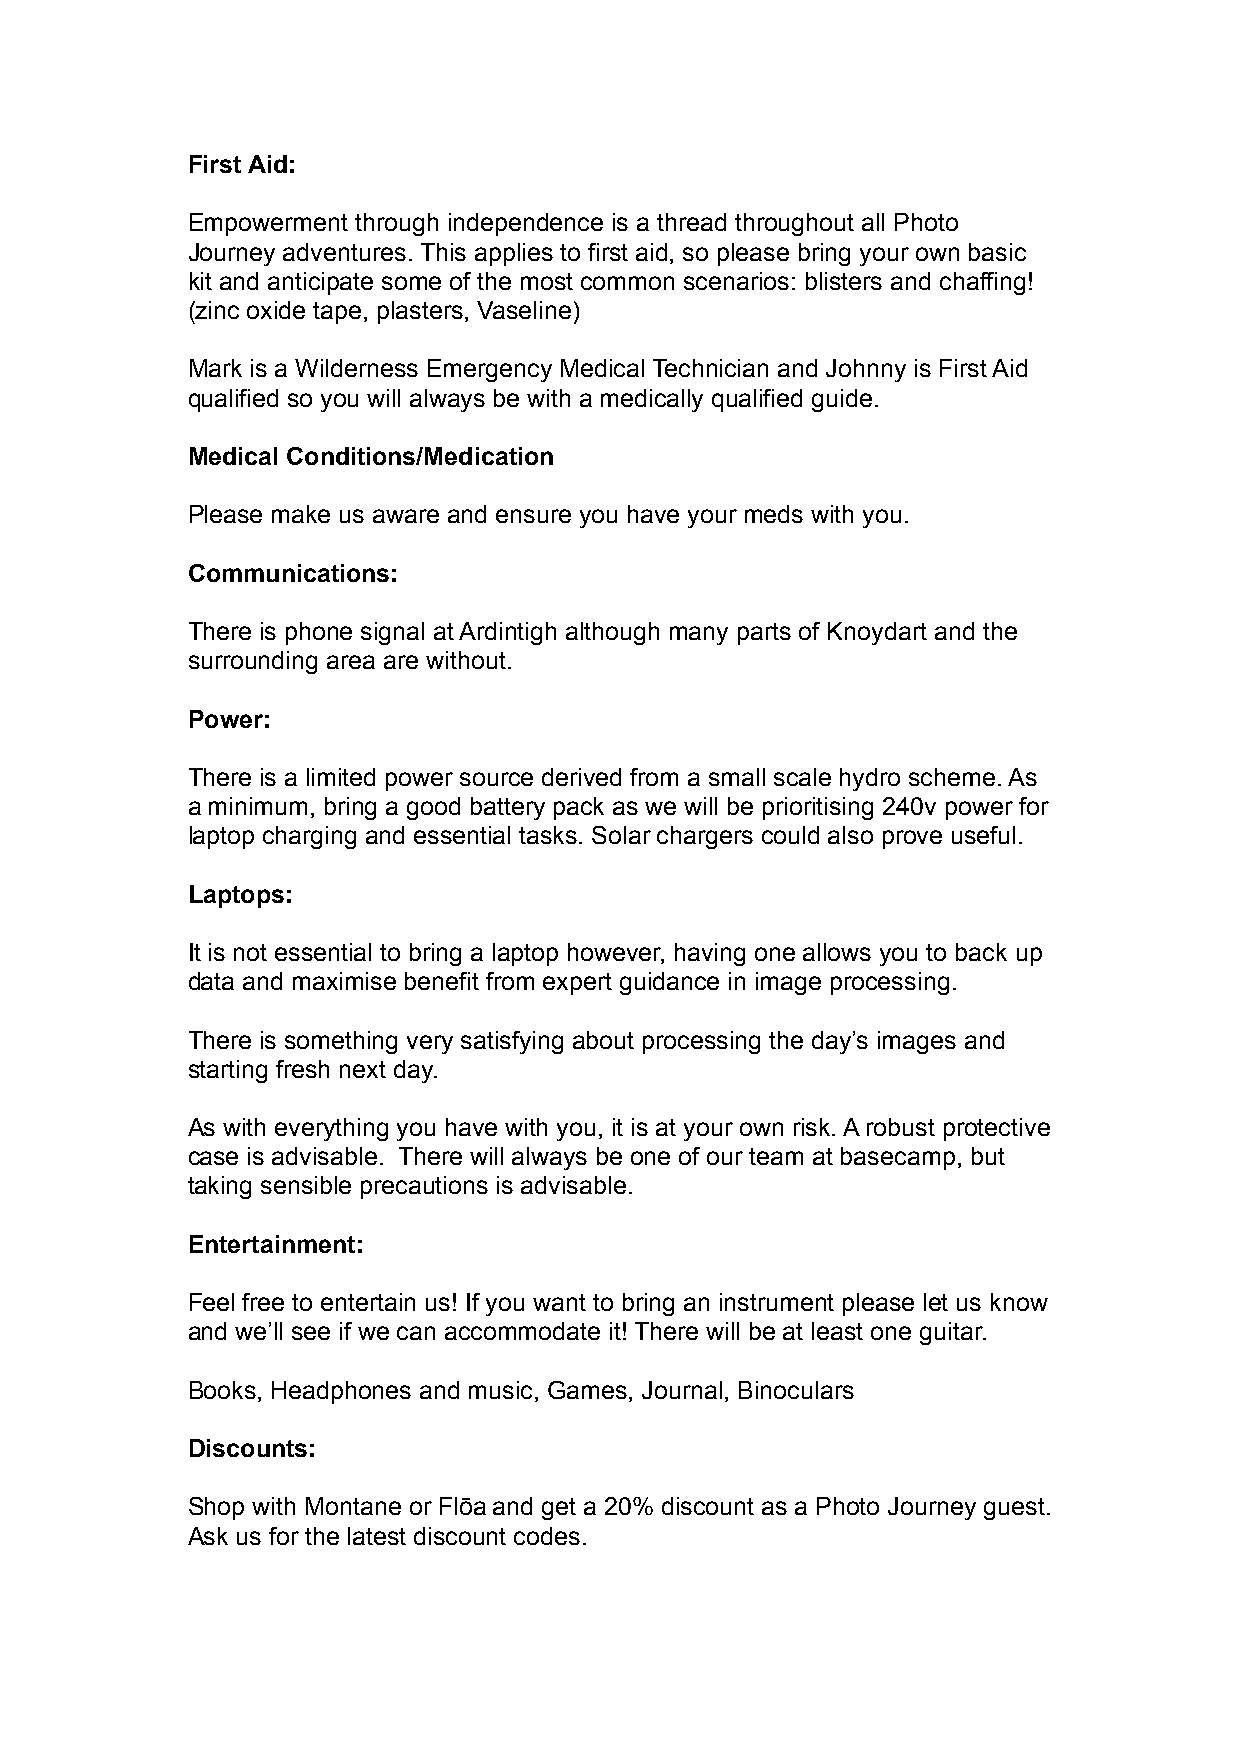
First Aid:
 Empowerment through independence is a thread throughout all Photo
 Journey adventures. This applies to first aid, so please bring your own basic
 kit and anticipate some of the most common scenarios: blisters and chaffing!
 (zinc oxide tape, plasters, Vaseline)
 Mark is a Wilderness Emergency Medical Technician and Johnny is First Aid
 qualified so you will always be with a medically qualified guide.
 Medical Conditions/Medication
 Please make us aware and ensure you have your meds with you.
 Communications:
 There is phone signal at Ardintigh although many parts of Knoydart and the
 surrounding area are without.
 Power:
 There is a limited power source derived from a small scale hydro scheme. As
 a minimum, bring a good battery pack as we will be prioritising 240v power for
 laptop charging and essential tasks. Solar chargers could also prove useful.
 Laptops:
 It is not essential to bring a laptop however, having one allows you to back up
 data and maximise benefit from expert guidance in image processing.
 There is something very satisfying about processing the day’s images and
 starting fresh next day.
 As with everything you have with you, it is at your own risk. A robust protective
 case is advisable. There will always be one of our team at basecamp, but
 taking sensible precautions is advisable.
 Entertainment:
 Feel free to entertain us! If you want to bring an instrument please let us know
 and we’ll see if we can accommodate it! There will be at least one guitar.
 Books, Headphones and music, Games, Journal, Binoculars
 Discounts:
 Shop with Montane or Flōa and get a 20% discount as a Photo Journey guest.
 Ask us for the latest discount codes.